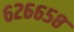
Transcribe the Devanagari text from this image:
६२६६५८